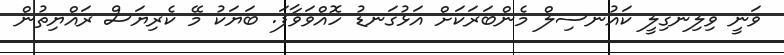
ވަނީ ވިލިނގިލީ ކައުނސިލް މެންބަރަކަށް އަޅުގަނޑު ހޮއްވަވާފަ. ބަޔަކު މޭ ކެރިޔަސް ރައްޔިތުން